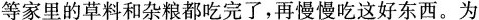
等家里的草料和杂粮都吃完了，再慢慢吃这好东西。为